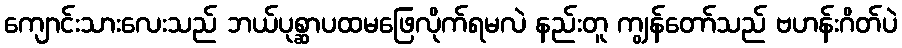
ကျောင်းသားလေးသည် ဘယ်ပုစ္ဆာပထမဖြေလိုက်ရမလဲ နည်းတူ ကျွန်တော်သည် ဗဟန်းဂိတ်ပဲ